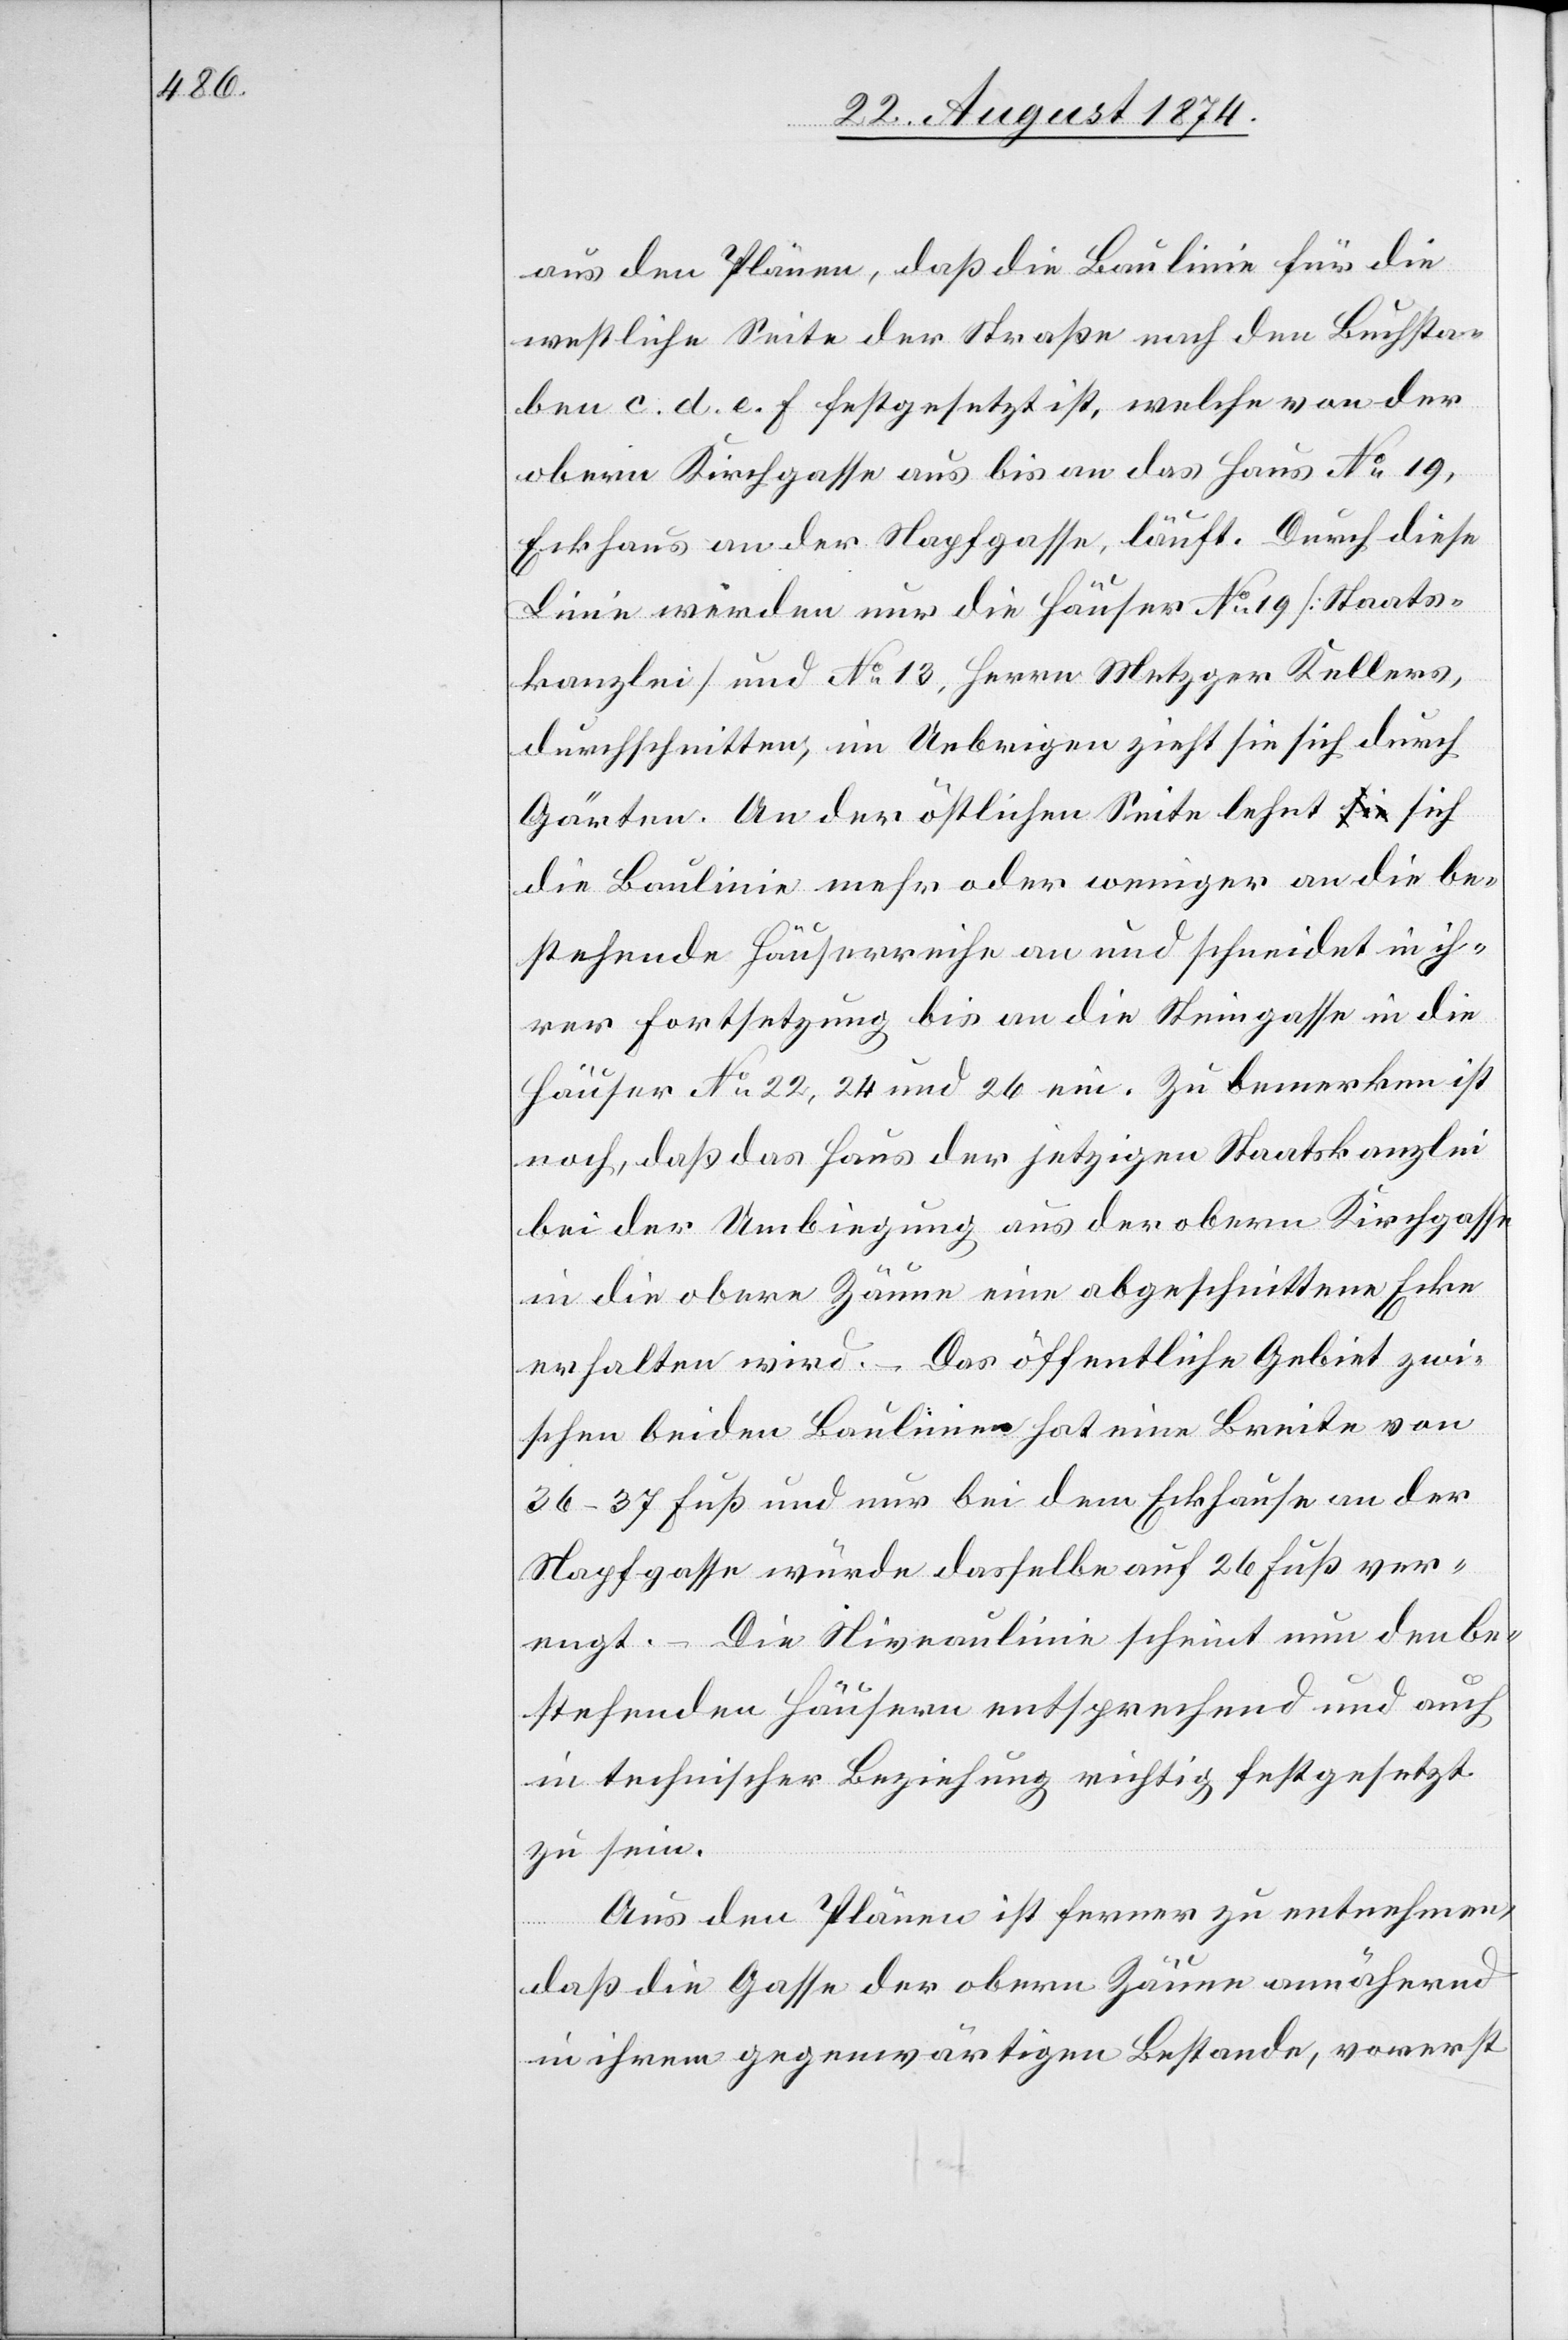
aus den Plänen, daß die Baulinie für die
westliche Seite der Straße nach den Buchsta¬
ben c. d. e. f. festgesetzt ist, welche von der
obern Kirchgasse aus bis an das Haus No 19,
Eckhaus an der Napfgasse, läuft. Durch diese
Linie werden nur die Häuser No 19 [Staats¬
kanzlei] und No 13, Herrn Metzger Kellers,
durchschnitten, im Uebrigen zieht sie sich durch
Gärten. An der östlichen Seite lehnt sich
die Baulinie mehr oder weniger an die be¬
stehende Häuserreihe an und schneidet in ih¬
rer Fortsetzung bis an die Steingasse in die
Häuser No 22, 24 und 26 ein. Zu bemerken ist
noch, daß das Haus der jetzigen Staatskanzlei
bei der Umbiegung aus der obern Kirchgasse
in die obere Zäune eine abgeschnittene Ecke
erhalten wird. – Das öffentliche Gebiet zwi¬
schen beiden Baulinien hat eine Breite von
36–37 Fuß und nur bei dem Eckhause an der
Napfgasse würde dasselbe auf 26 Fuß ver¬
engt. – Die Niveaulinie scheint nun den be¬
stehenden Häusern entsprechend und auch
in technischer Beziehung richtig festgesetzt
zu sein.
Aus den Plänen ist ferner zu entnehmen,
daß die Gasse der obern Zäune annähernd
in ihrem gegenwärtigen Bestande, vorerst